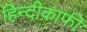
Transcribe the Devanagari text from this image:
हिन्दीकाफी